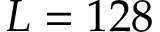
L = 1 2 8